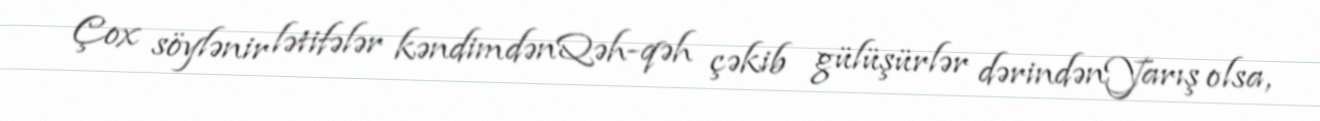
Çox söylənir lətifələr kəndimdənQəh-qəh çəkib gülüşürlər dərindənYarış olsa,